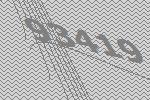
93419